Report on vaccination in Madras 1895-1903 - 1895-1903
Year: 1895
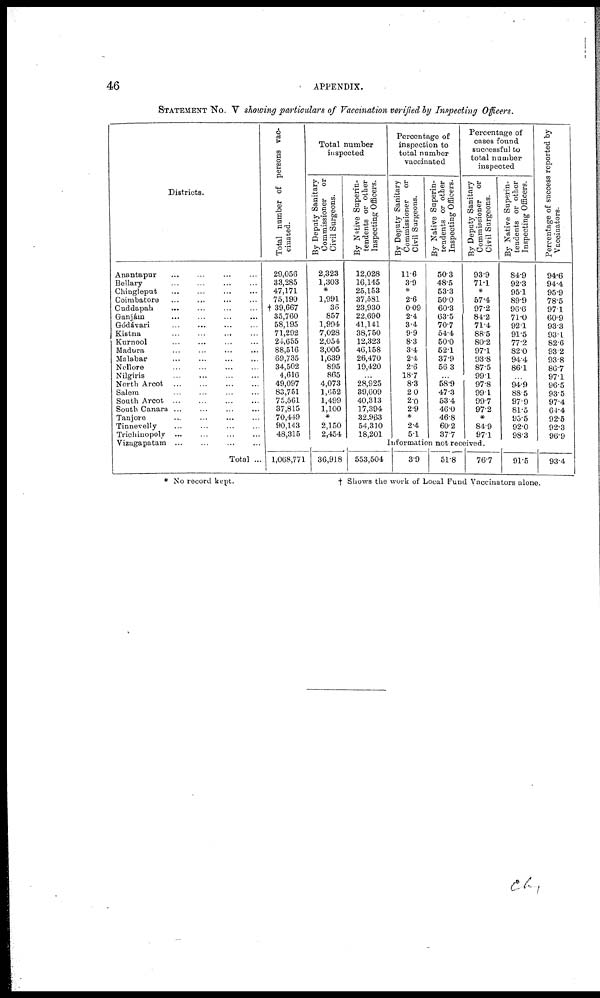
46
APPENDIX.
STATEMENT No. V showing particulars of Vaccination verified by Inspecting Officers.
Districts.
Anantapur ... ... ... ...
Bellary
...
...
...
...
...
Chingleput ... ... ... ...
Coimbatore ... ... ... ...
Cuddapah ... ... ... ...
Ganjám
...
...
...
...
Gódávari ... ... ... ...
Kistna ... ... ... ...
Kurnool ... ... ... ...
Madura ... ... ... ...
Malabar
...
...
...
...
Nellore ... ... ... ...
Nilgiris
...
...
...
...
North Arcot
...
...
...
...
Salem ... ... ... ...
South Arcot
...
...
...
...
South Canara ... ... ... ...
Tanjore
...
...
...
...
Tinnevelly ... ... ... ...
Trichinopoly ... ... ... ...
Vizagapatam
...
...
...
...
Total ...
Total number of persons vac-
cinated.
29,056
33,285
47,171
75,190
† 39,667
35,760
58,195
71,292
24,655
88,516
69,735
34,502
4,616
49,097
83,751
75,561
37,815
70,449
90,143
48,315
Total number
inspected
By Deputy Sanitary
Commissioner or
Civil Surgeons.
2,323
1,303
*
1,991
36
857
1,994
7,028
2,054
3,005
1,639
895
865
4,073
1,652
1,499
1,100
*
2,150
2,454
By Native Superin-
tendents or other
Inspecting Officers.
12,028
16,145
25,153
37,581
23,930
22,690
41,141
38,750
12,323
46,158
26,470
19,420
...
28,925
39,609
40,313
17,394
32,963
54,310
18,201
Percentage of
inspection to
total number
vaccinated
By Deputy Sanitary
Commissioner or
Civil Surgeons.
11.6
3.9
*
26
0.09
2.4
3.4
9.9
8.3
3.4
2.4
2.6
18.7
8.3
2.0
2.0
2.9
*
2.4
5.1
By Native Superin-
tendents or other
Inspecting Officers.
50.3
48.5
53.3
50.0
60.3
63.5
70.7
54.4
50.0
52.1
37.9
56.3
...
58.9
47.3
53.4
46.0
46.8
60.2
37.7
Percentage of
cases found
successful to
total number
inspected
By Deputy Sanitary
Commissioner or
Civil Surgeons.
93.9
71.1
*
57.4
97.2
84.2
71.4
88.5
80.2
97.1
93.8
87.5
99.1
97.8
99.1
99.7
97.2
*
84.9
97.1
By Native Superin-
tendents or other
Inspecting Officers.
84.9
92.3
95.1
89.9
96.6
71.0
92.1
91.5
77.2
82.0
94.4
86.1
...
94.9
88.5
97.9
81.5
95.5
92.0
98.3
Percentage of success reported by
Vaccinators.
94.6
94.4
95.9
78.5
97.1
60.9
93.3
93.1
82.6
93.2
93.8
86.7
97.1
96.5
93.5
97.4
64.4
92.5
92.3
96.9
Information not received.
1,068,771 36,918 553,504
3.9
51.8
76.7
91.5
93.4
* No record kept.
† Shows the work of Local Fund Vaccinators alone.